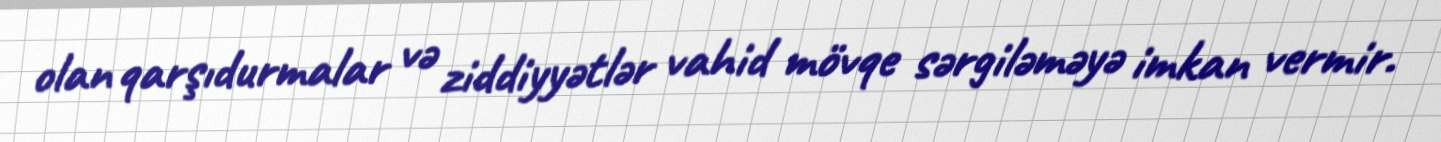
olan qarşıdurmalar və ziddiyyətlər vahid mövqe sərgiləməyə imkan vermir.